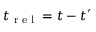
t _ { \textrm { r e l } } = t - t ^ { \prime }